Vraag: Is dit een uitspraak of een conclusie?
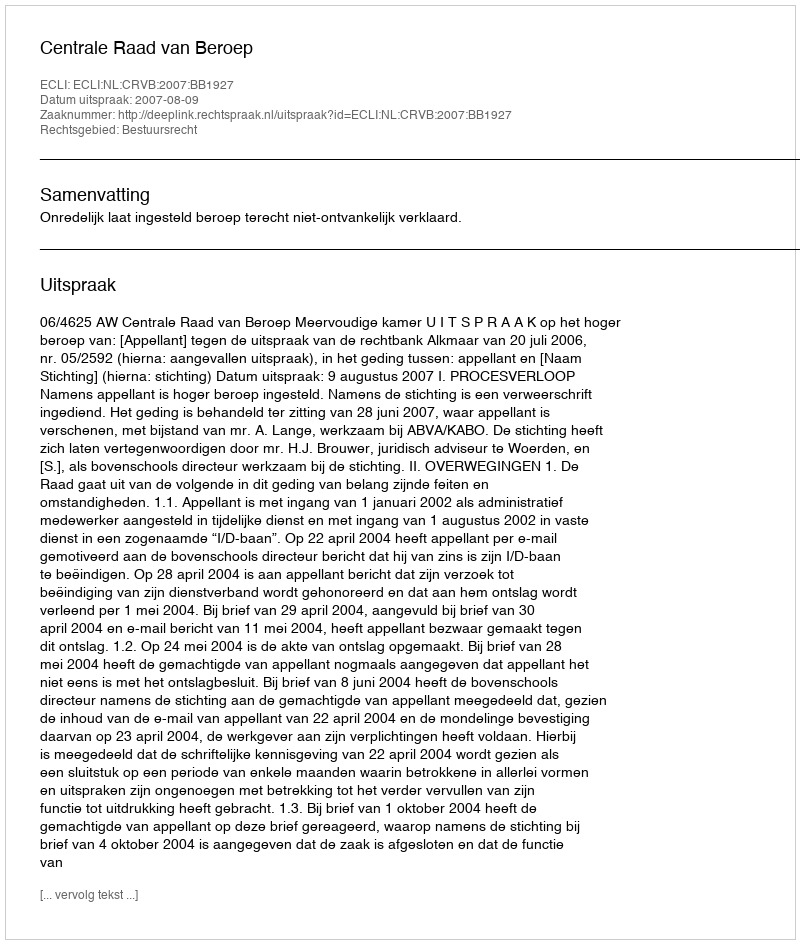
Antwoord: Uitspraak